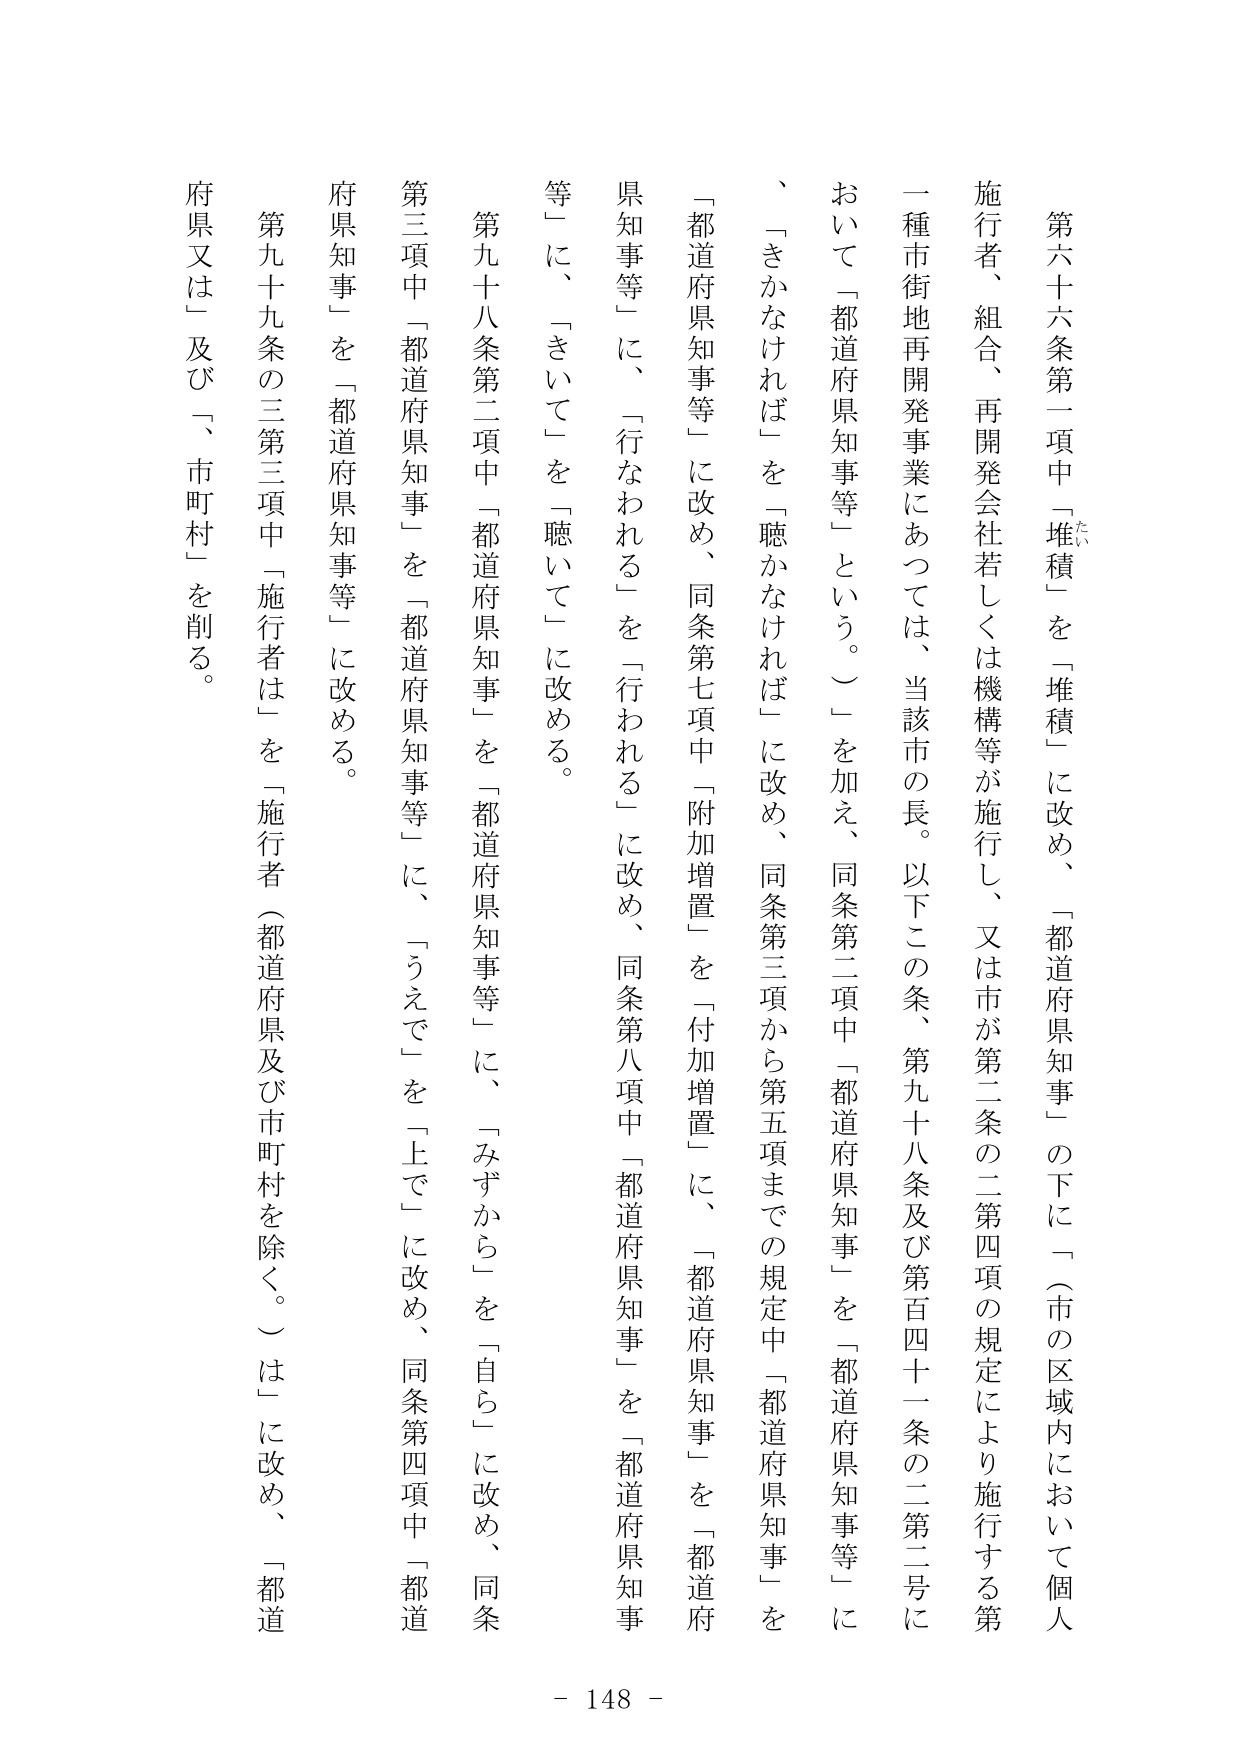
第六十六条第一項中「堆積」を「堆積」に改め、「都道府県知事」の下に「（市の区域内において個人施行者、組合、再開発会社若しくは機構等が施行し、又は市が第二条の二第四項の規定により施行する第一種市街地再開発事業にあつては、当該市の長。以下この条、第九十八条及び第百四十一条の二第二号において「都道府県知事等」という。）」を加え、同条第二項中「都道府県知事」を「都道府県知事等」に、「きかなければ」を「聴かなければ」に改め、同条第三項から第五項までの規定中「都道府県知事」を「都道府県知事等」に、「行なわれる」を「行われる」に改め、同条第八項中「都道府県知事」を「都道府県知事等」に、「きいて」を「聴いて」に改める。

第九十八条第二項中「都道府県知事」を「都道府県知事等」に、「みずから」を「自ら」に改め、同条第三項中「都道府県知事」を「都道府県知事等」に、「うえで」を「上で」に改め、同条第四項中「都道府県知事」を「都道府県知事等」に改める。

第九十九条の三第三項中「施行者は」を「施行者（都道府県及び市町村を除く。）は」に改め、「都道府県又は」及び「、市町村」を削る。

- 148 -